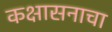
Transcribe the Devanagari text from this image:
कक्षासनाचा